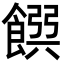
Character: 𩜹